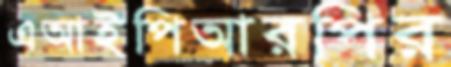
এআইপিআরপির